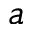
a